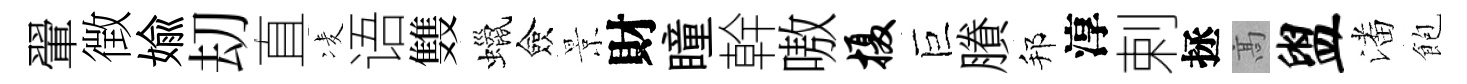
翬徴媮刧直凌语䨇蠟僉景財瞳幹嗷摄巨賸邦淳剌拯髙盥潘飽